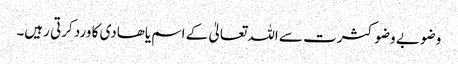
وضو بے وضو کثرت سے اللہ تعالیٰ کے اسم یاھادی کا ورد کرتی رہیں۔